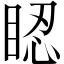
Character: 𥆾